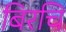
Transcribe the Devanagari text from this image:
बिरचि